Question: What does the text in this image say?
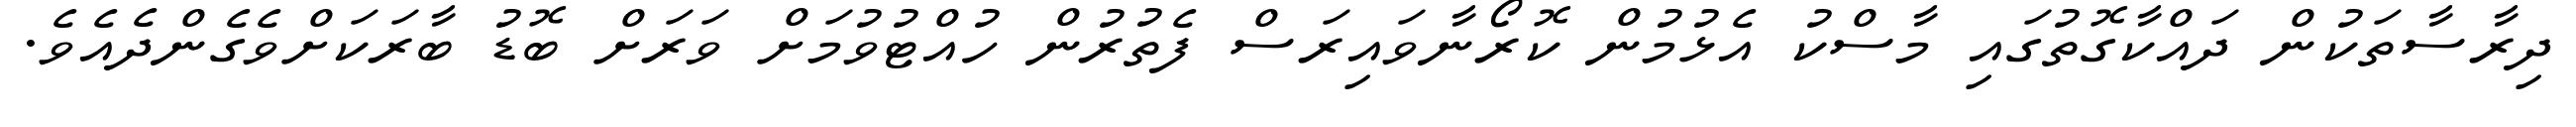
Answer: ދިރާސާތަކުން ދައްކާގޮތުގައި މާސްކު އެޅުމުން ކޮރޯނާވައިރަސް ފެތުރުން ހުއްޓުވުމަށް ވަރަށް ބޮޑު ބާރަކަށްވެގެންދެއެވެ.